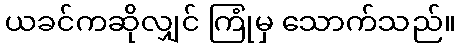
ယခင်ကဆိုလျှင် ကြုံမှ သောက်သည်။